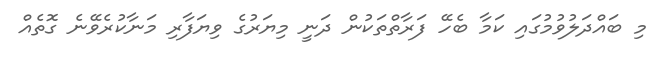
މި ބައްދަލުވުމުގައި ކަމާ ބެހޭ ފަރާތްތަކުން ދަނީ މިޔަރުގެ ވިޔަފާރި މަނާކުރެވޭނެ ގޮތެއް